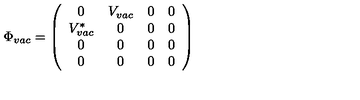
\Phi _ { v a c } = \left( \begin{array} { c c c c } { 0 } & { V _ { v a c } } & { 0 } & { 0 } \\ { V _ { v a c } ^ { * } } & { 0 } & { 0 } & { 0 } \\ { 0 } & { 0 } & { 0 } & { 0 } \\ { 0 } & { 0 } & { 0 } & { 0 } \\ \end{array} \right)